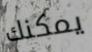
يمكنك